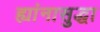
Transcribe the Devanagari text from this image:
ह्यांनासुद्धा